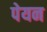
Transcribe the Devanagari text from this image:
पेयन